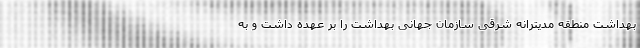
بهداشت منطقه مدیترانه شرقی سازمان جهانی بهداشت را بر عهده داشت و به